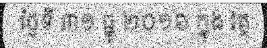
ថ្ងៃទី ៣១ ធ្នូ ២០១៦ ក្នុង វគ្គ